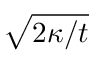
\sqrt { 2 \kappa / t }